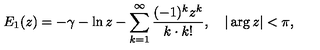
E _ { 1 } ( z ) = - \gamma - \ln z - \sum _ { k = 1 } ^ { \infty } \frac { ( - 1 ) ^ { k } z ^ { k } } { k \cdot k ! } , \quad | \arg z | < \pi { , }